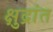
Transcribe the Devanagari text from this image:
क्षुद्रांत